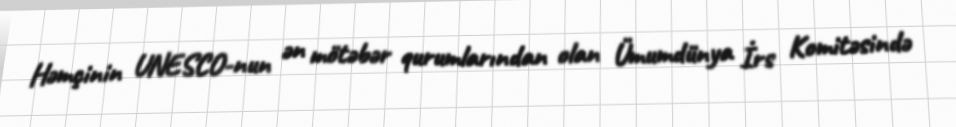
Həmçinin UNESCO-nun ən mötəbər qurumlarından olan Ümumdünya İrs Komitəsində